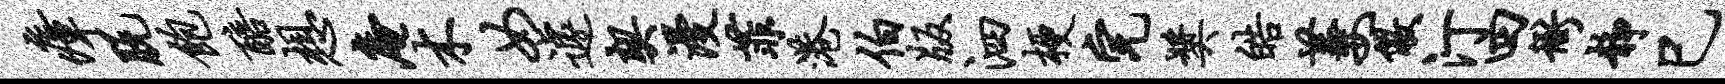
瘴脱饱醅想庵木女遽契漫菲港伯版泗梗完奖皓萋儆汀四衙静巳